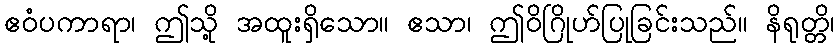
ဧဝံပကာရာ၊ ဤသို့ အထူးရှိသော။ ဧသာ၊ ဤဝိဂြိုဟ်ပြုခြင်းသည်။ နိရုတ္တိ၊